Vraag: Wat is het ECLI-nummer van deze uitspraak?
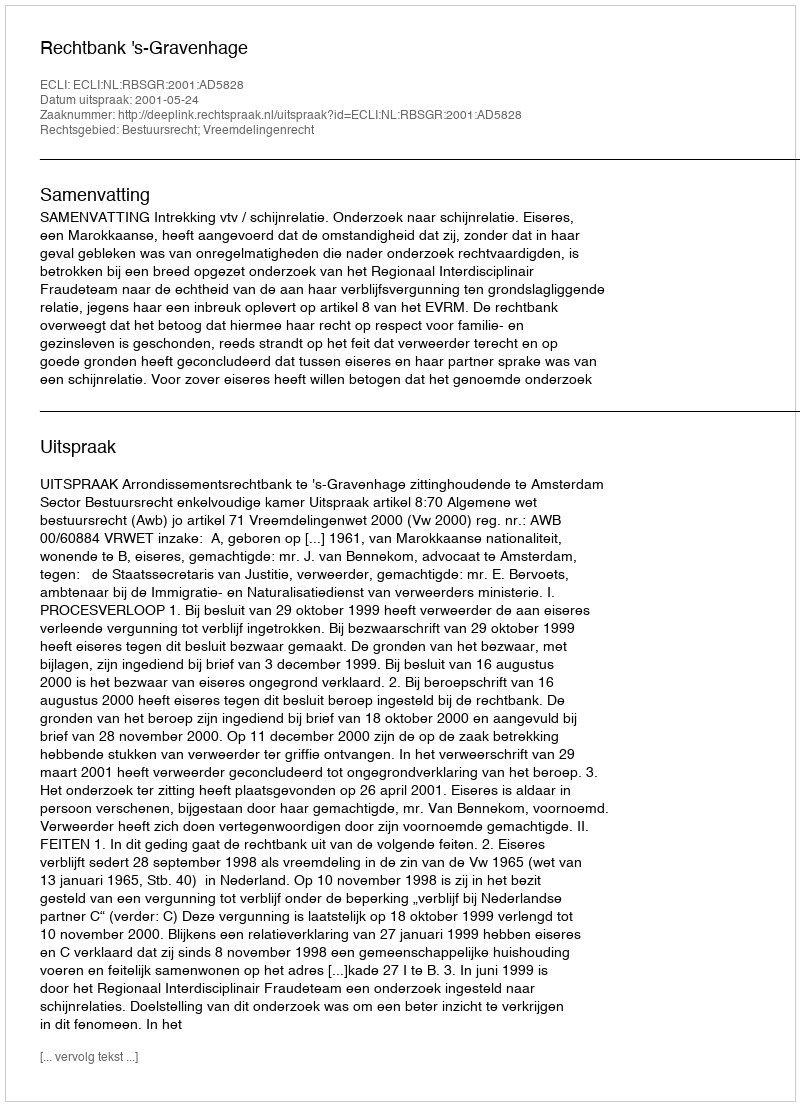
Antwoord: ECLI:NL:RBSGR:2001:AD5828